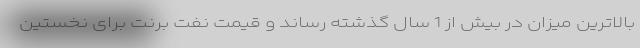
بالاترین میزان در بیش از 1 سال گذشته رساند و قیمت نفت برنت برای نخستین